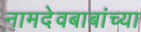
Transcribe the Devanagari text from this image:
नामदेवबाबांच्या